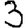
Digit: 3